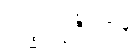
သဒ္ဓါပဗ္ဗဇိတာနံ